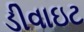
ડીવાઇટ